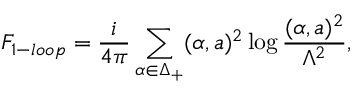
{ \cal F } _ { 1 - l o o p } = { \frac { i } { 4 \pi } } \sum _ { \alpha \in \Delta _ { + } } ( \alpha , a ) ^ { 2 } \log { \frac { ( \alpha , a ) ^ { 2 } } { \Lambda ^ { 2 } } } ,